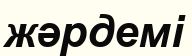
жәрдемі